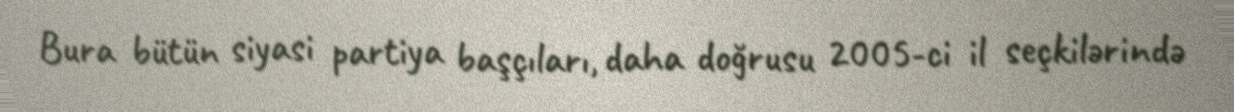
Bura bütün siyasi partiya başçıları, daha doğrusu 2005-ci il seçkilərində